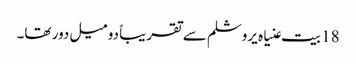
18 بیت عنیاہ یروشلم سے تقریباً دو میل دور تھا۔